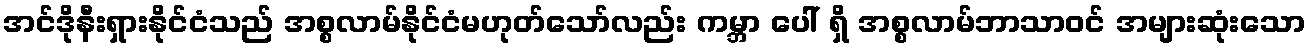
အင်ဒိုနီးရှားနိုင်ငံသည် အစ္စလာမ်နိုင်ငံမဟုတ်သော်လည်း ကမ္ဘာ ပေါ် ရှိ အစ္စလာမ်ဘာသာဝင် အများဆုံးသော